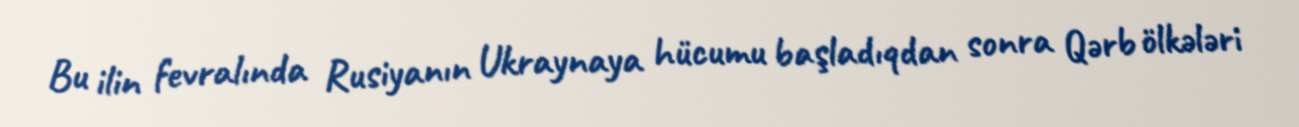
Bu ilin fevralında Rusiyanın Ukraynaya hücumu başladıqdan sonra Qərb ölkələri